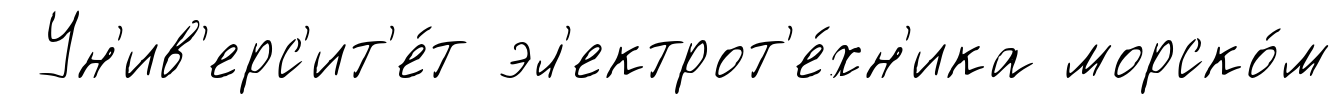
Ун'ив'ерс'ит'е́т эл'ектрот'е́хн'ика морско́м